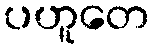
ပဟူတေ